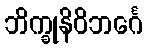
ဘိက္ခုနိဝိဘင်္ဂေ